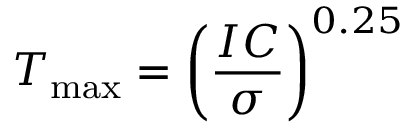
T _ { \mathrm { m a x } } = \left( { \frac { I C } { \sigma } } \right) ^ { 0 . 2 5 }